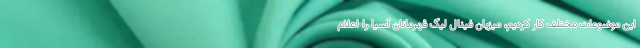
این موضوعات مختلف کار کردیم، میزبان فینال لیگ قهرمانان آسیا را اعلام